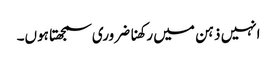
انہیں ذہن میں رکھنا ضروری سمجھتا ہوں۔